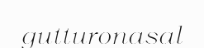
gutturonasal